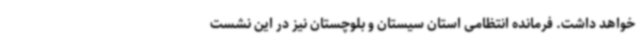
خواهد داشت. فرمانده انتظامی استان سیستان و بلوچستان نیز در این نشست